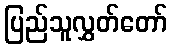
ပြည်သူလွှတ်တော်